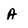
Character: A